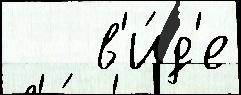
   в'и́д'е